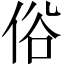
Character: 俗